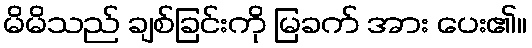
မိမိသည် ချစ်ခြင်းကို မြခက် အား ပေး၏။